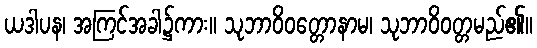
ယဒါပန၊ အကြင်အခါ၌ကား။ သုဘာဝိဝတ္တောနာမ၊ သုဘာဝိဝတ္တမည်၏။